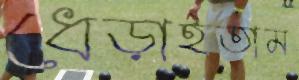
ধেড়াইতাম